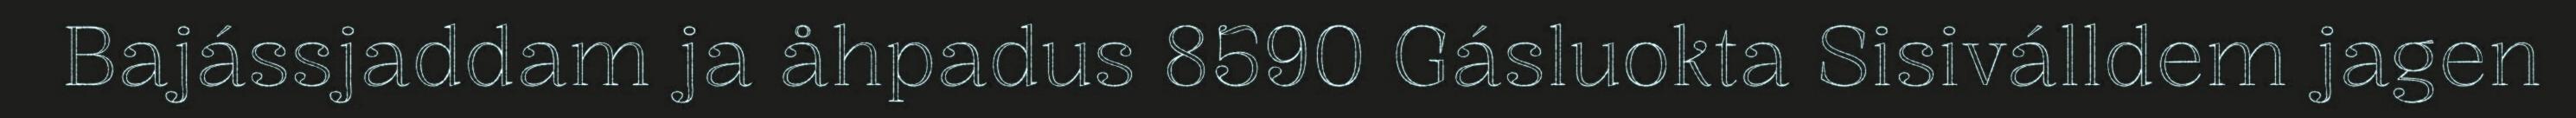
Bajássjaddam ja åhpadus 8590 Gásluokta Sisiválldem jagen